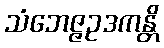
သံဘေဇ္ဇဥဒကန္တိ